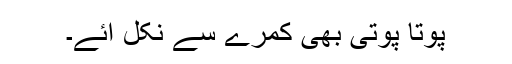
پوتا پوتی بھی کمرے سے نکل آئے۔